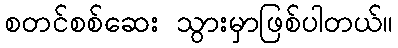
စတင်စစ်ဆေး သွားမှာဖြစ်ပါတယ်။